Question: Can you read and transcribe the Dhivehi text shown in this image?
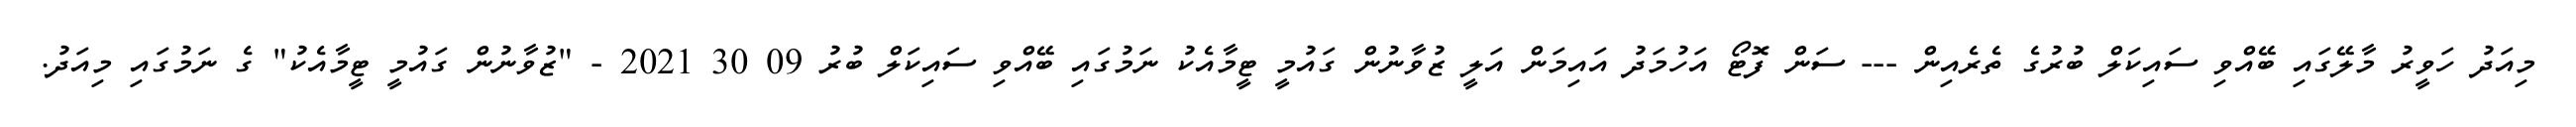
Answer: މިއަދު ހަވީރު މާލޭގައި ބޭއްވި ސައިކަލް ބުރުގެ ތެރެއިން --- ސަން ފޮޓޯ އަހުމަދު އައިމަން އަލީ ޒުވާނުން ގައުމީ ޓީމާއެކު ނަމުގައި ބޭއްވި ސައިކަލް ބުރު 09 30 2021 - "ޒުވާނުން ގައުމީ ޓީމާއެކު" ގެ ނަމުގައި މިއަދު.